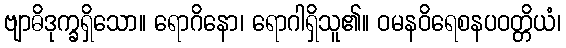
ဗျာဓိဒုက္ခရှိသော။ ရောဂိနော၊ ရောဂါရှိသူ၏။ ဝမနဝိရေစနပဝတ္တိယံ၊